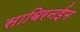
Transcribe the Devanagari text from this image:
साबिरनईम